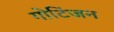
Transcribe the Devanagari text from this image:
गोटिंजन